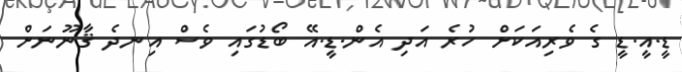
ޑީ.އީ.ޑީ ގެ ވެރިއަކަށް ހުރެ އަދި އެން.ޑީ.އޭ ބޯޑުގައި ވެސް އިނދެ ޤާނޫނަށް